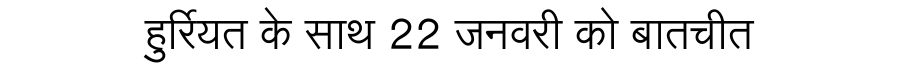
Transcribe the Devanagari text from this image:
हुर्रियत के साथ 22 जनवरी को बातचीत